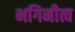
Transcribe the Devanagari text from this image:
भगिनीत्व